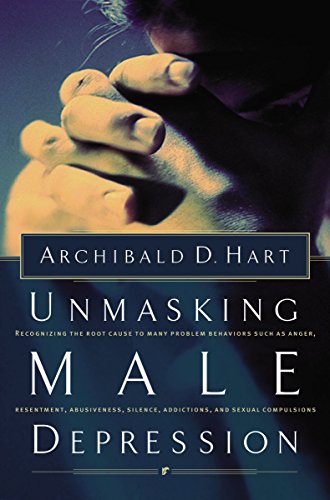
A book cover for Unmasking Male Depression: Recognizing the Root Cause to Many Problem Behaviors Such as Anger, Resentment, Abusiveness, Silence, Addictions, and Sexual Compulsiveness; Archibald Hart; Health, Fitness & Dieting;